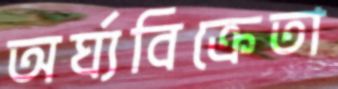
অর্ঘ্যবিক্রেতা